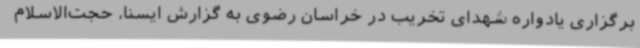
برگزاری یادواره شهدای تخریب در خراسان رضوی به گزارش ایسنا، حجت‌الاسلام